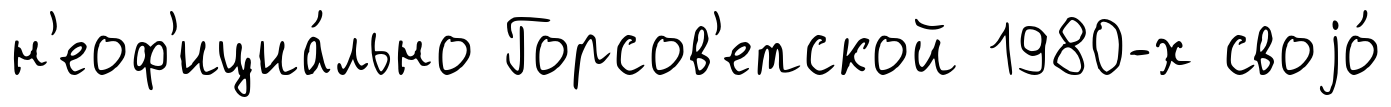
н'еоф'ициа́льно Горсов'етской 1980-х своjо́